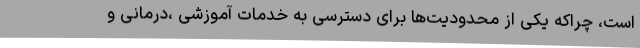
است، چراکه یکی از محدودیت‌ها برای دسترسی به خدمات آموزشی ،درمانی و